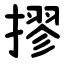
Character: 摎